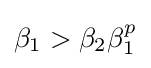
\beta _{1}>\beta _{2}\beta _{1}^{p}